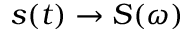
s ( t ) \to S ( \omega )